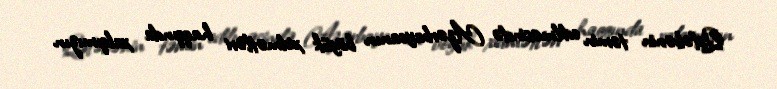
Qələbənin təmin edilməsində Azərbaycanın böyük xidmətləri haqqında xalqımızın